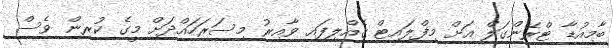
ބާމިއުޑާ ޓްރޭންގަލް އަށް މިފްލައިޓް ގެއްލިފައި ވާއިރު މިސަރަހައްދަށް މީގެ ކުރިން ވެސް